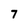
Character: 7